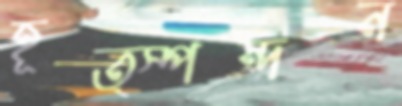
হূত্স্পন্দন